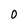
Character: 0